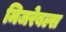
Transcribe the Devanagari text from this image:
मिजरेबल्स